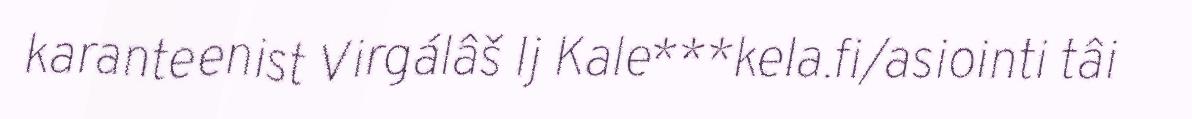
karanteenist Virgálâš Ij Kale***kela.fi/asiointi tâi